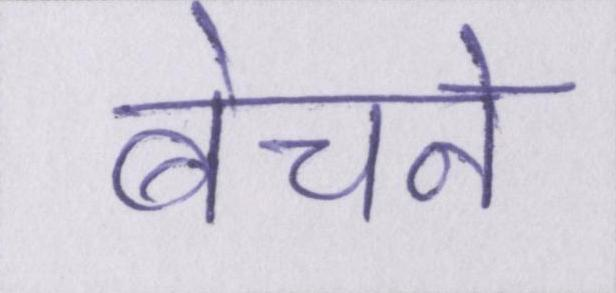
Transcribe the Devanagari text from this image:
बेचने